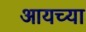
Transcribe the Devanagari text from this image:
आयच्या